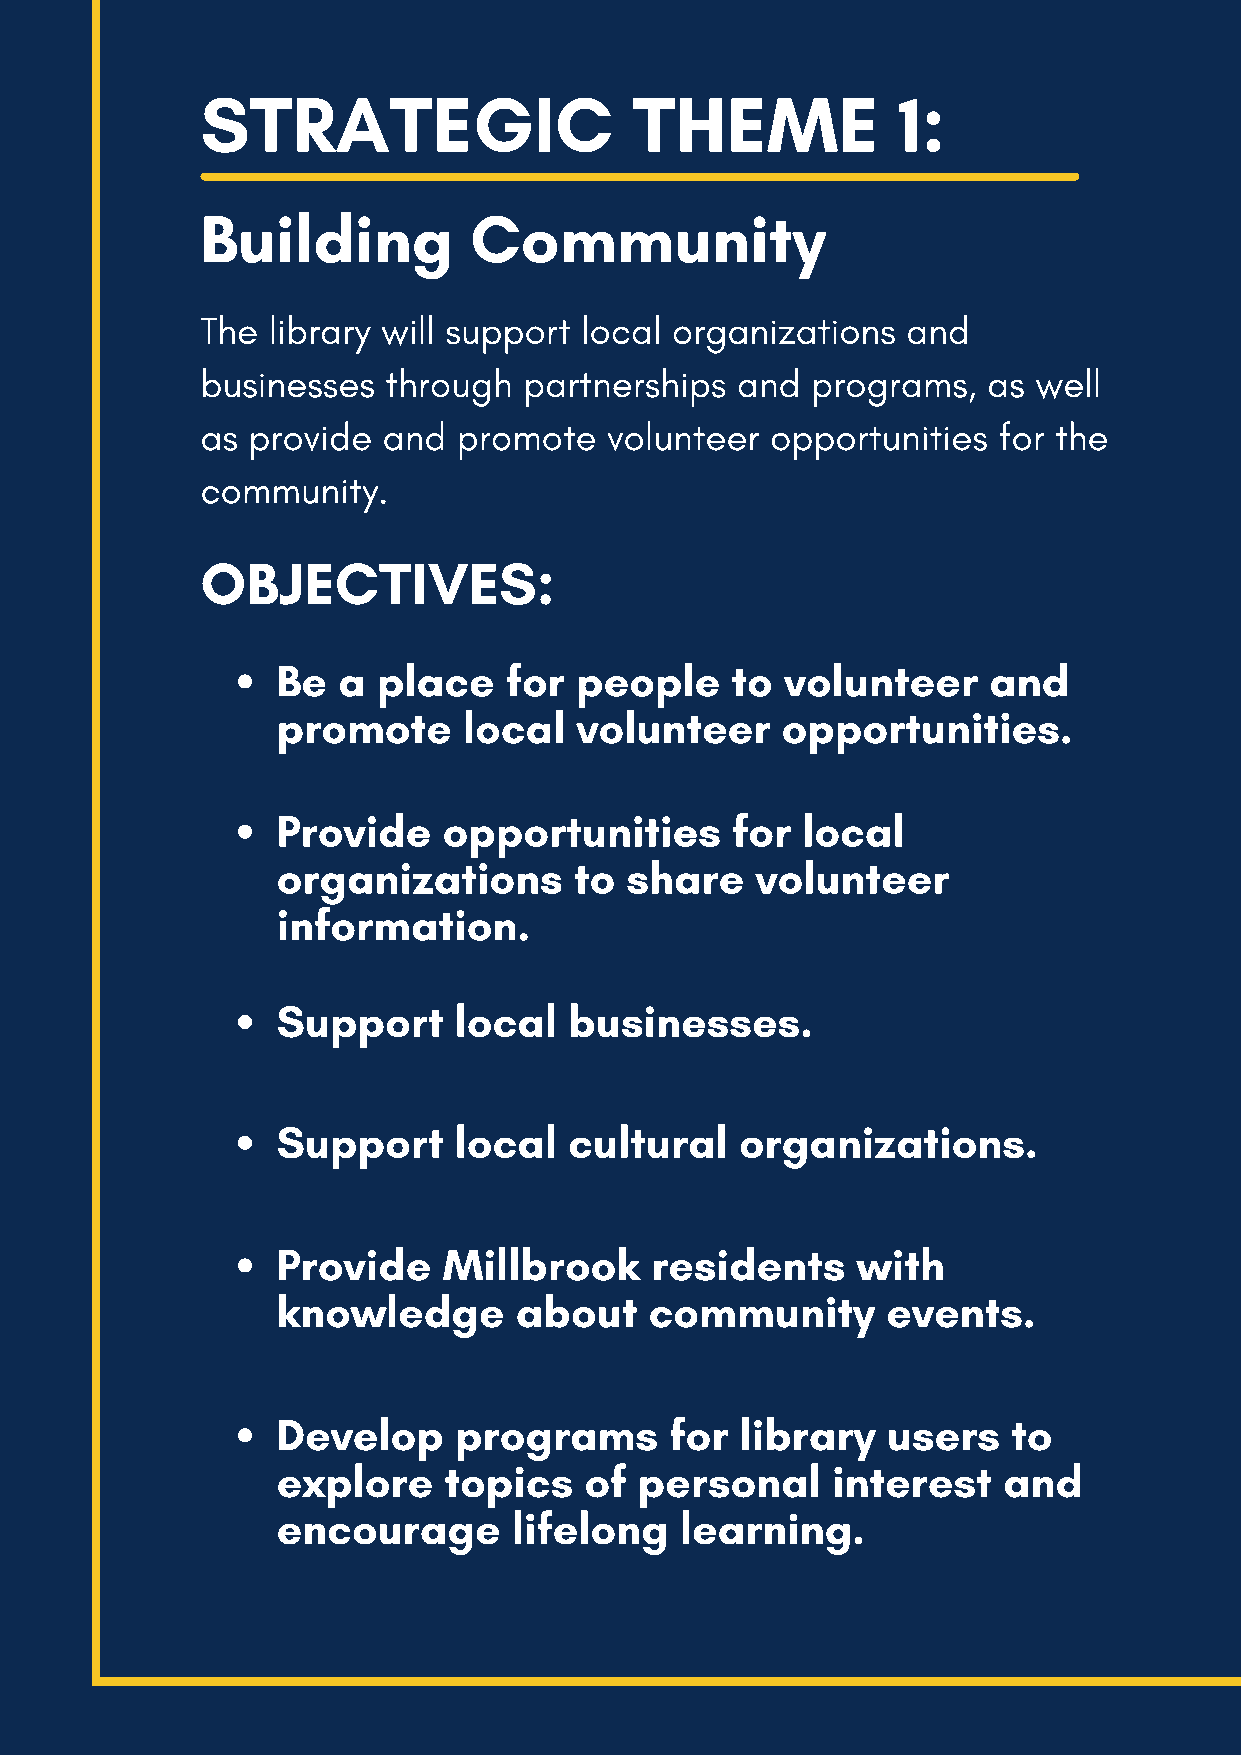
STRATEGIC                    THEME            1:
 Building          Community
 The  library will support local organizations  and
 businesses   through  partnerships  and  programs,  as  well
 as provide  and  promote   volunteer  opportunities  for the
 community.
 OBJECTIVES:
 Be  a  place   for  people    to  volunteer    and
 promote      local  volunteer     opportunities.
 Provide    opportunities      for  local
 organizations       to share    volunteer
 information.
 Support     local   businesses.
 Support     local   cultural   organizations.
 Provide    Millbrook     residents     with
 knowledge       about    community       events.
 Develop     programs      for  library   users   to
 explore    topics    of personal     interest   and
 encourage       lifelong   learning.